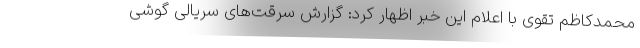
محمدکاظم تقوی با اعلام این خبر اظهار کرد: گزارش سرقت‌های سریالی گوشی